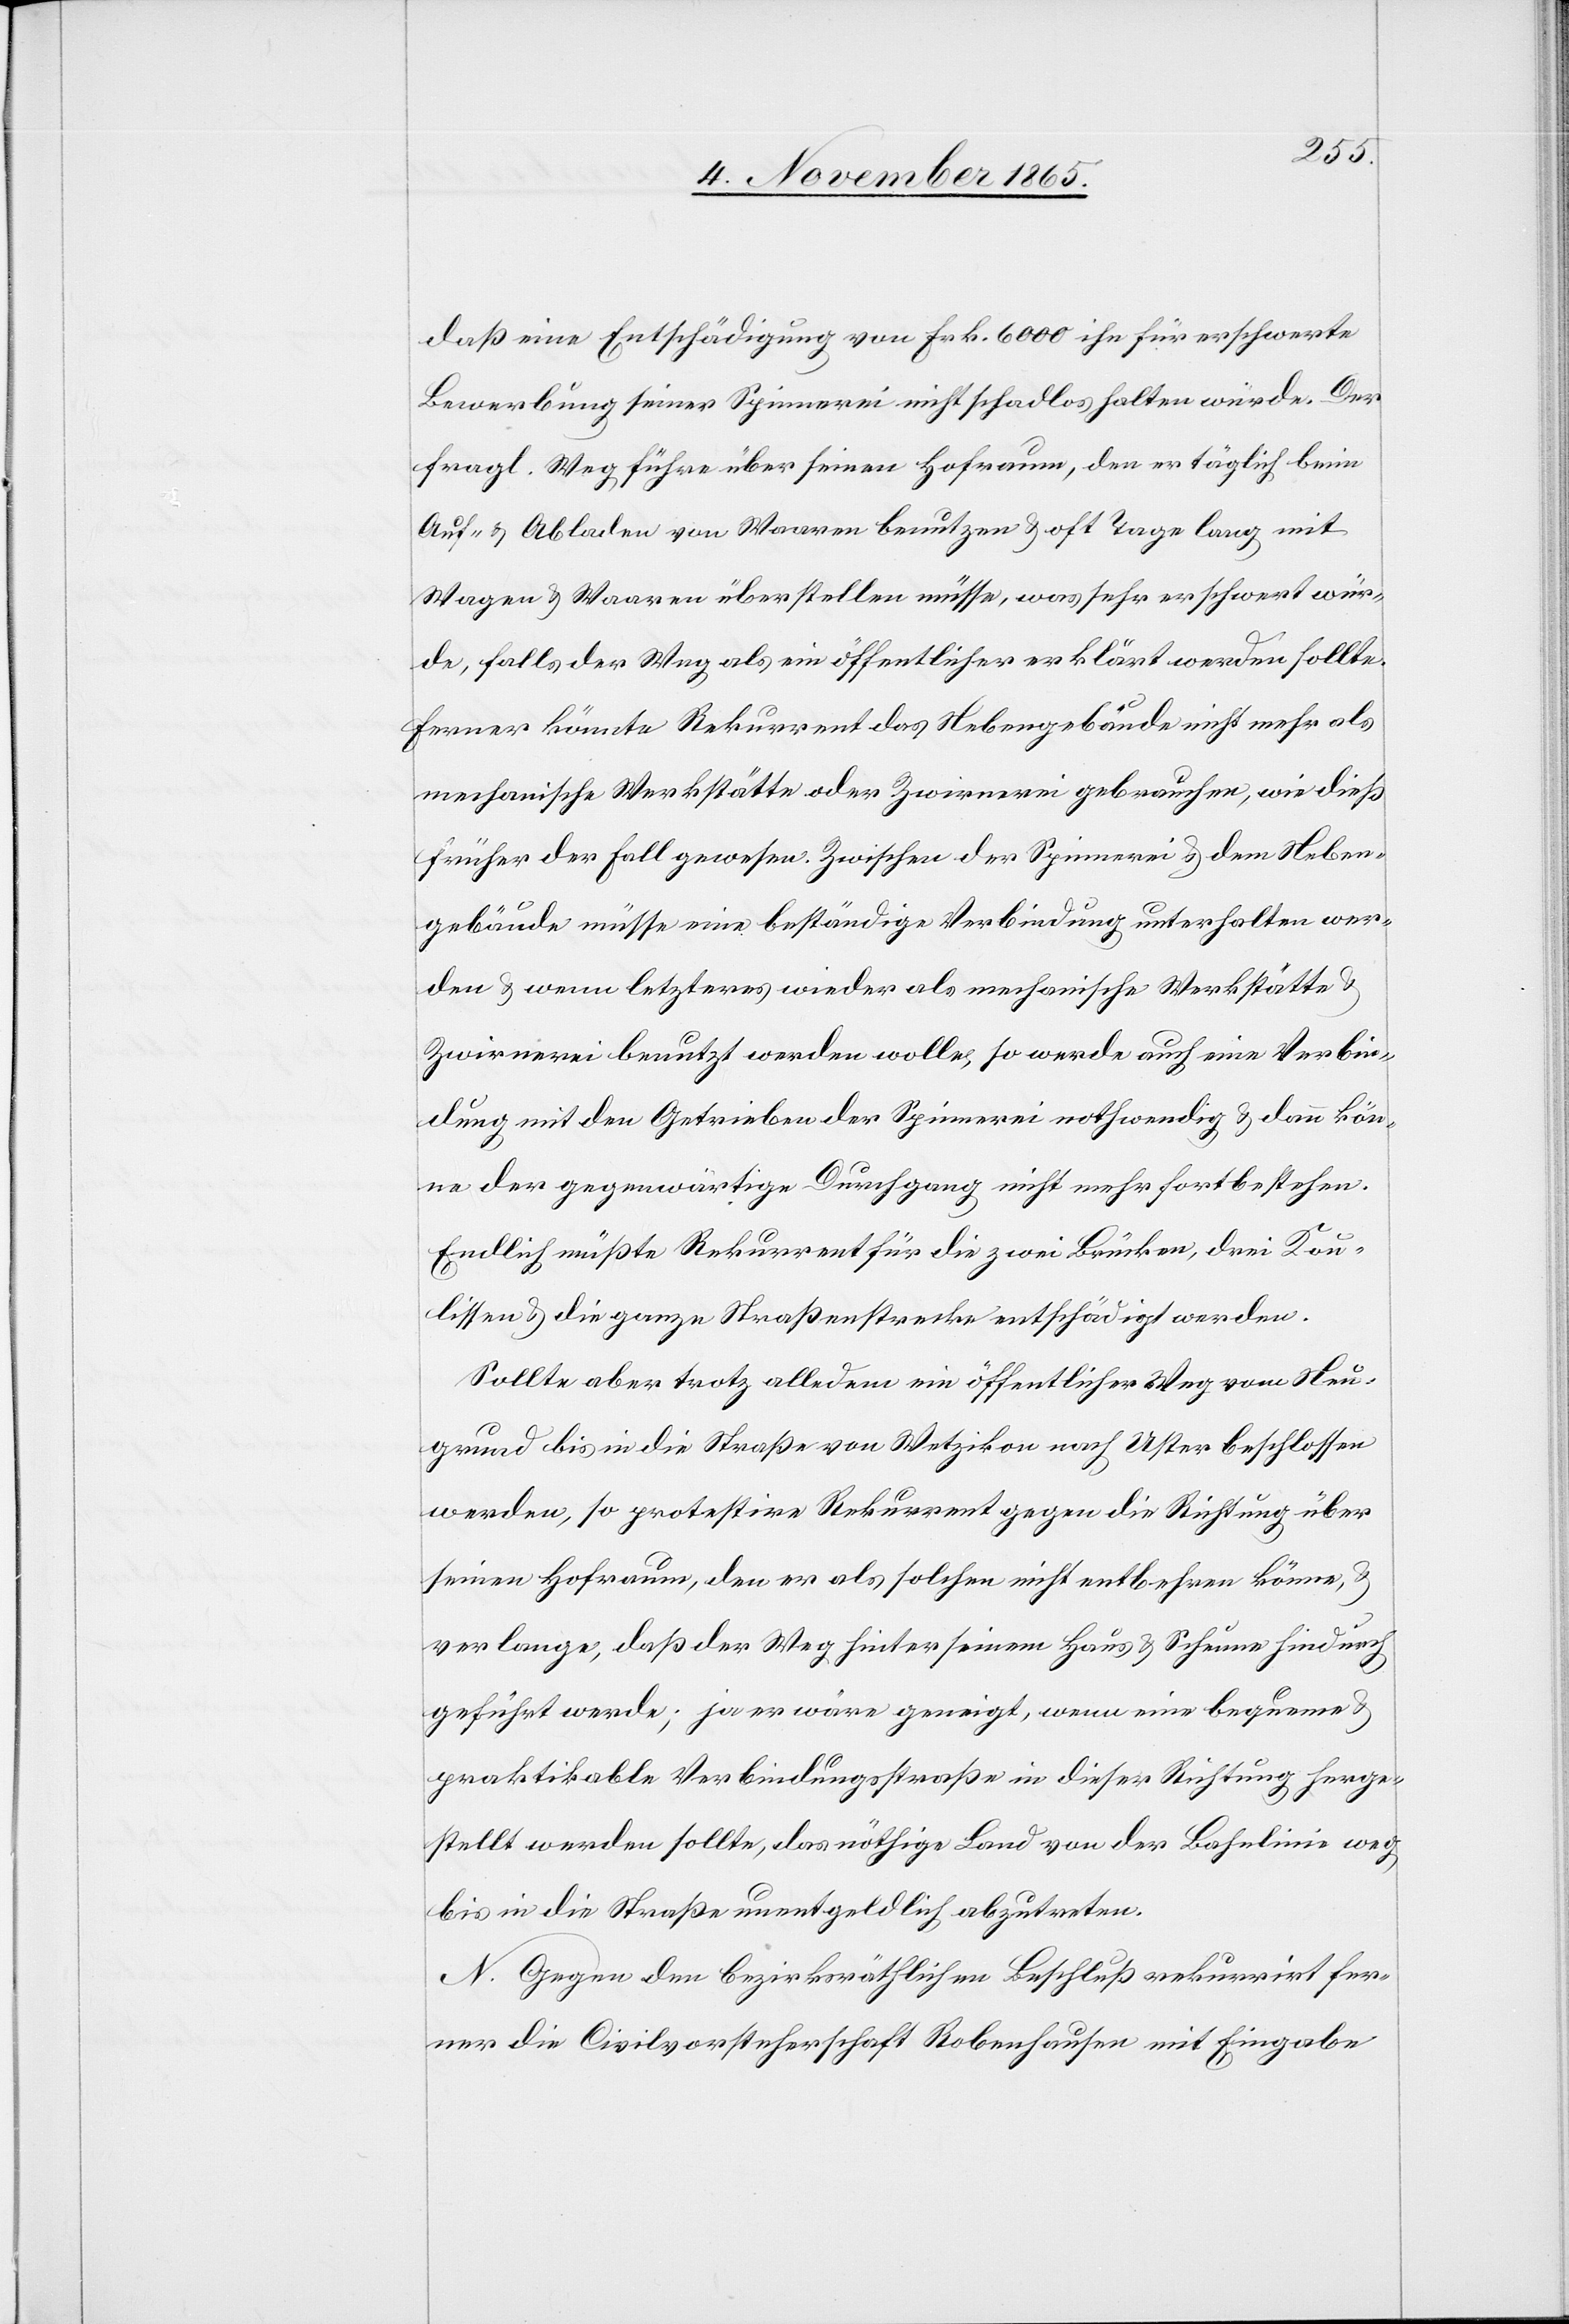
daß eine Entschädigung von Frk. 6000 ihn für erschwerte
Bewerbung seiner Spinnerei nicht schadlos halten würde. Der
fragl. Weg führe über seinen Hofraum, den er täglich beim
Auf- & Abladen von Waaren benutzen & oft Tage lang mit
Wagen & Waaren überstellen müsse, was sehr erschwert wür¬
de, falls der Weg als ein öffentlicher erklärt werden sollte.
Ferner könnte Rekurrent das Nebengebäude nicht mehr als
mechanische Werkstätte oder Zwirnerei gebrauchen, wie dieß
früher der Fall gewesen. Zwischen der Spinnerei & dem Neben¬
gebäude müsse eine beständige Verbindung unterhalten wer¬
den & wenn letzteres wieder als mechanische Werkstätte
Zwirnerei benutzt werden wolle, so werde auch eine Verbin¬
dung mit den Getrieben der Spinnerei nothwendig & dann kön¬
ne der gegenwärtige Durchgang nicht mehr fortbestehen.
Endlich müßte Rekurrent für die zwei Brücken, drei Kou¬
lissen & die ganze Straßenstrecke entschädigt werden.
Sollte aber trotz alledem ein öffentlicher Weg vom Neu¬
grund bis in die Straße von Wetzikon nach Uster beschlossen
werden, so protestire Rekurrent gegen die Richtung über
seinen Hofraum, den er als solchen nicht entbehren könne,
verlange, daß der Weg hinter seinem Haus & Scheune hindurch
geführt werde; ja er wäre geneigt, wenn eine bequeme
praktikable Verbindungsstraße in dieser Richtung herge¬
stellt werden sollte, das nöthige Land von der Bahnlinie weg
bis in die Straße unentgeldlich abzutreten.
N. Gegen den bezirksräthlichen Beschluß rekurrirt fer¬
ner die Civilvorsteherschaft Robenhausen mit Eingabe